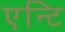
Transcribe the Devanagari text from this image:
एन्टि